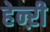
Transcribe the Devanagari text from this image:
हेन्ऱी